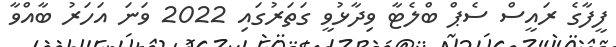
ފީފާގެ ރައީސް ސެޕް ބްލެޓާ ވިދާޅުވީ ގަތަރުގައި 2022 ވަނަ އަހަރު ބާއްވާ